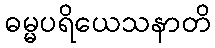
ဓမ္မပရိယေသနာတိ